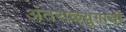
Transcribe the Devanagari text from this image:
अंतराळयुगाची